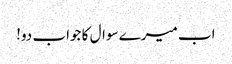
اب میرے سوال کا جواب دو!